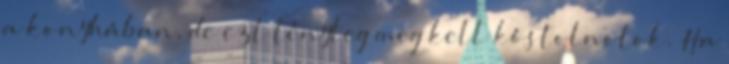
a konyhában, de ezt tényleg meg kell kóstolnotok. Ha